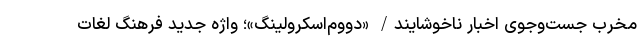
مخرب جست‌وجوی اخبار ناخوشایند/ «دووم‌اسکرولینگ»؛ واژه جدید فرهنگ لغات